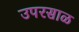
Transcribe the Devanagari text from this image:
उपरसाळ